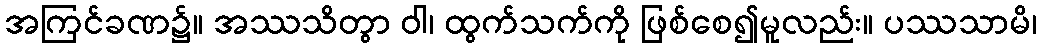
အကြင်ခဏ၌။ အဿသိတွာ ဝါ၊ ထွက်သက်ကို ဖြစ်စေ၍မူလည်း။ ပဿသာမိ၊